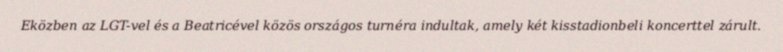
Eközben az LGT-vel és a Beatricével közös országos turnéra indultak, amely két kisstadionbeli koncerttel zárult.